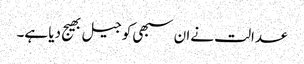
عدالت نےان سبھی کو جیل بھیج دیا ہے۔